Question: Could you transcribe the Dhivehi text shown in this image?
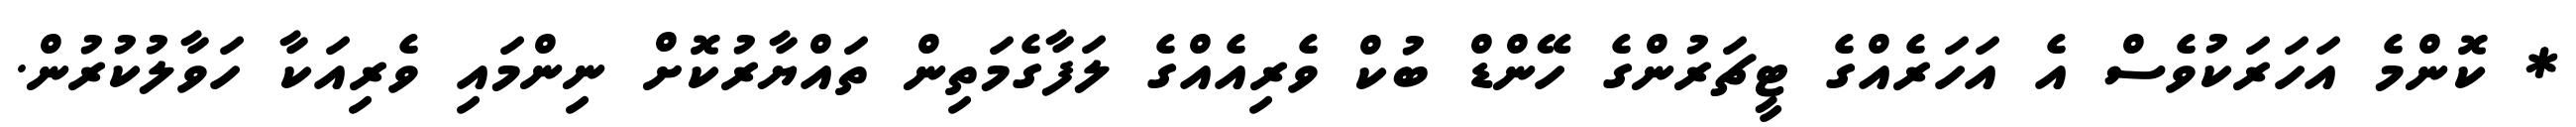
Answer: * ކޮންމެ އަހަރަކުވެސް އެ އަހަރެއްގެ ޓީޗަރުންގެ ހޭންޑް ބުކް ވެރިއެއްގެ ލަފާގެމަތިން ތައްޔާރުކޮށް ނިންމައި ވެރިއަކާ ހަވާލުކުރުން.